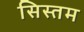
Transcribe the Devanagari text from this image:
सिस्तम